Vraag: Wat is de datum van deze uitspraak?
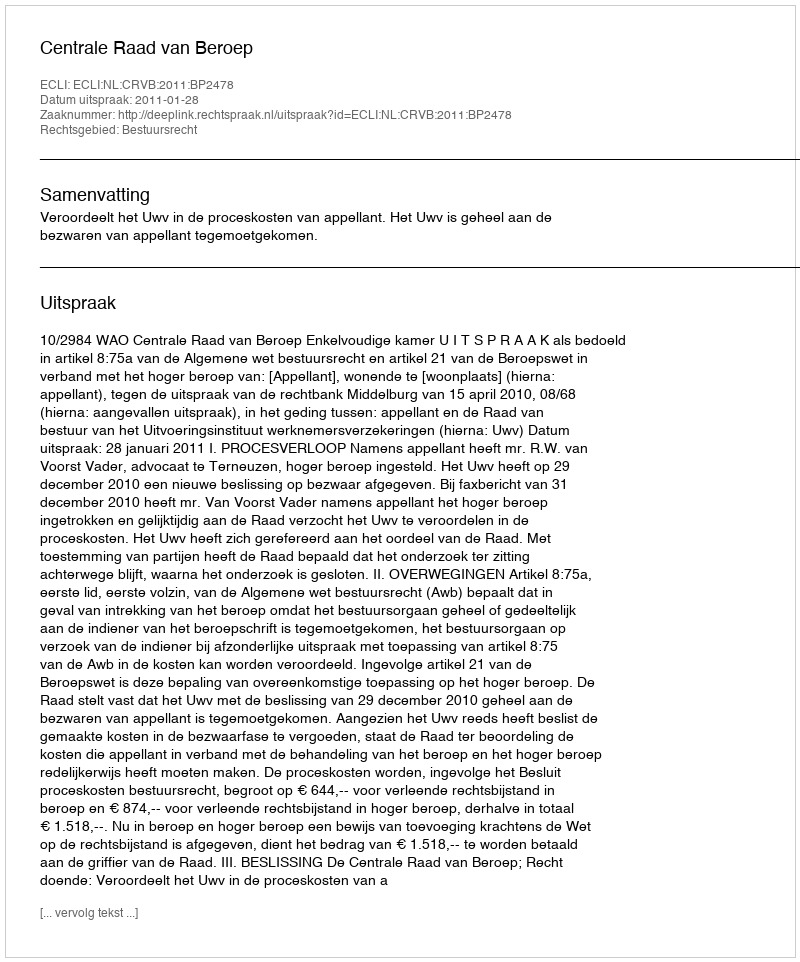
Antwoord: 2011-01-28